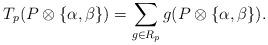
LaTeX: \begin{align*} T_p(P\otimes \lbrace\alpha,\beta\rbrace)= \sum_{g\in R_p}g(P\otimes \lbrace\alpha,\beta\rbrace).\end{align*}